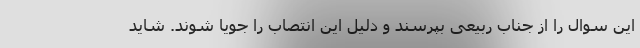
این سوال را از جناب ربیعی بپرسند و دلیل این انتصاب را جویا شوند. شاید